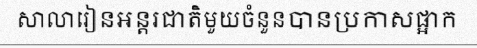
សាលារៀនអន្តរជាតិមួយចំនួនបានប្រកាសផ្អាក